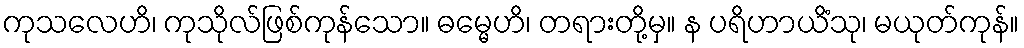
ကုသလေဟိ၊ ကုသိုလ်ဖြစ်ကုန်သော။ ဓမ္မေဟိ၊ တရားတို့မှ။ န ပရိဟာယိံသု၊ မယုတ်ကုန်။